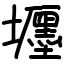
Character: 壥